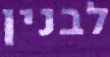
לבנין